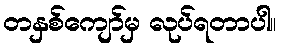
တနှစ်ကျော်မှ လုပ်ရတာပါ။